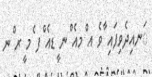
ަނއިދެވިފައި ާވެ އ ްމއެ ްނ ީޑއެ ްފ ެމ ީރ ްނ